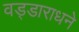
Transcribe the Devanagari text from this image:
वड्डाराधने